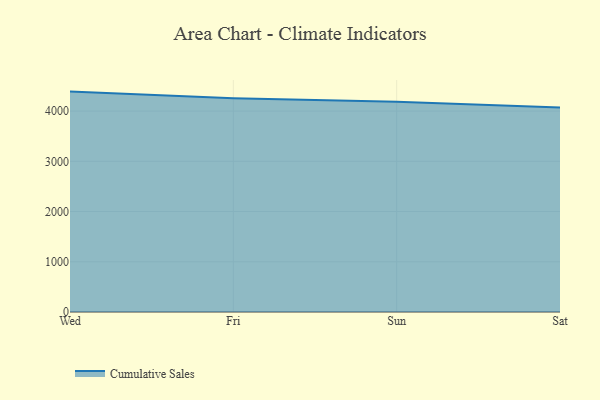
{"axis": {"x": "Day", "y": "Gross Profit (USD K)"}, "legend": ["Cumulative Sales"], "data": [{"x": "Wed", "y": 4387.7, "type": "Cumulative Sales"}, {"x": "Fri", "y": 4256.8, "type": "Cumulative Sales"}, {"x": "Sun", "y": 4186.5, "type": "Cumulative Sales"}, {"x": "Sat", "y": 4073.2, "type": "Cumulative Sales"}]}